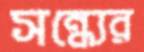
সন্ধ্যের